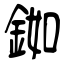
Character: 銣